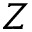
Z